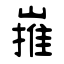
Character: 嶊